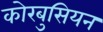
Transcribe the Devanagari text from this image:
कोरबुसियन